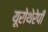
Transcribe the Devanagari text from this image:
यूरोथेरेपी